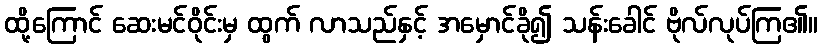
ထို့ကြောင် ဆေးမင်ဝိုင်းမှ ထွက် လာသည်နှင့် အမှောင်ခို၍ သန်းခေါင် ဗိုလ်လုပ်ကြ၏။